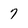
Character: 7